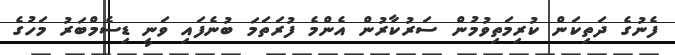
ފެނުގެ ދަތިކަން ކުރިމަތިވުމުން ސަރުކާރުން އެންމެ ފުރަތަމަ ބުނެފައި ވަނީ ޑިސެމްބަރު މަހުގެ